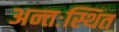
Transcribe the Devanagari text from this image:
अन्तःस्थित